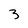
Character: 3